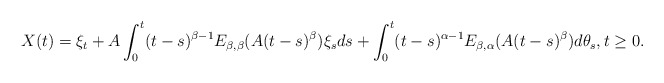
\begin{align*}X(t)=\xi_t+ A\int_0^t(t-s)^{\beta-1}E_{\beta,\beta}(A(t-s)^\beta)\xi_sds+\int_0^t(t-s)^{\alpha-1}E_{\beta,\alpha}(A(t-s)^\beta)d\theta_s,t\ge 0.\end{align*}